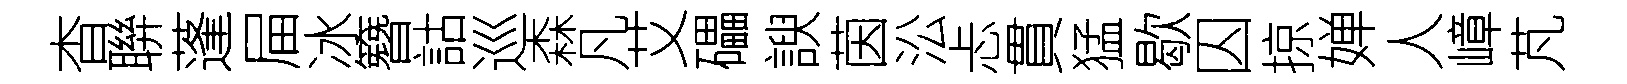
杳聨蓬屇冰簪詁巡森凡艾礧諛茵㳂忐貫猛歇囚掠婵人嶂芃